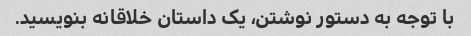
با توجه به دستور نوشتن، یک داستان خلاقانه بنویسید.